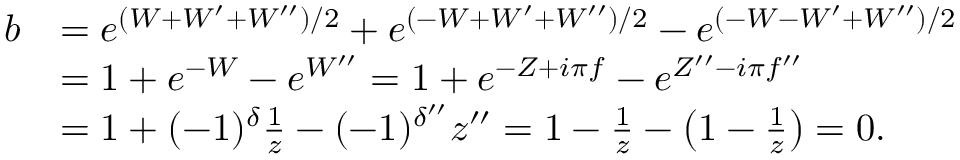
\begin{array} { r l } { b } & { = e ^ { ( W + W ^ { \prime } + W ^ { \prime \prime } ) / 2 } + e ^ { ( - W + W ^ { \prime } + W ^ { \prime \prime } ) / 2 } - e ^ { ( - W - W ^ { \prime } + W ^ { \prime \prime } ) / 2 } } \\ & { = 1 + e ^ { - W } - e ^ { W ^ { \prime \prime } } = 1 + e ^ { - Z + i \pi f } - e ^ { Z ^ { \prime \prime } - i \pi f ^ { \prime \prime } } } \\ & { = 1 + ( - 1 ) ^ { \delta } \frac { 1 } { z } - ( - 1 ) ^ { \delta ^ { \prime \prime } } z ^ { \prime \prime } = 1 - \frac { 1 } { z } - \bigl ( 1 - \frac { 1 } { z } \bigr ) = 0 . } \end{array}